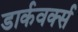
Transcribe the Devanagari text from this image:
डार्कवर्क्स